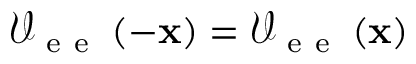
\mathcal { V } _ { \mathrm { ~ e ~ e ~ } } \left( - { \bf x } \right) = \mathcal { V } _ { \mathrm { ~ e ~ e ~ } } \left( { \bf x } \right)